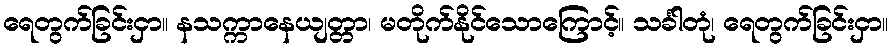
ရေတွက်ခြင်းငှာ။ နသက္ကာနေယျတ္တာ၊ မတိုက်နိုင်သောကြောင့်။ သင်္ခါတုံ၊ ရေတွက်ခြင်းငှာ။